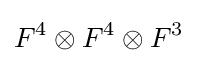
F^{4}\otimes F^{4}\otimes F^{3}